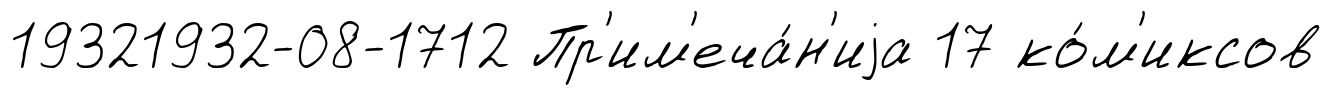
19321932-08-1712 Пр'им'еча́н'иjа 17 ко́м'иксов